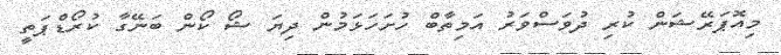
މިއޮޕަރޭޝަން ކުރި ދުވަސްވަރު އަމިތާބް ހުށަހަޅަމުން ދިޔަ ޝޯ ކޯން ބަނޭގާ ކުރޯޑްޕަތީ